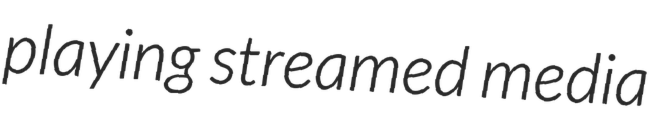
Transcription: playing streamed media